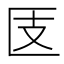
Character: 𰅪